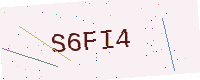
Text: S6FI4